Leningradi_Edasi_toimetus, lk 53
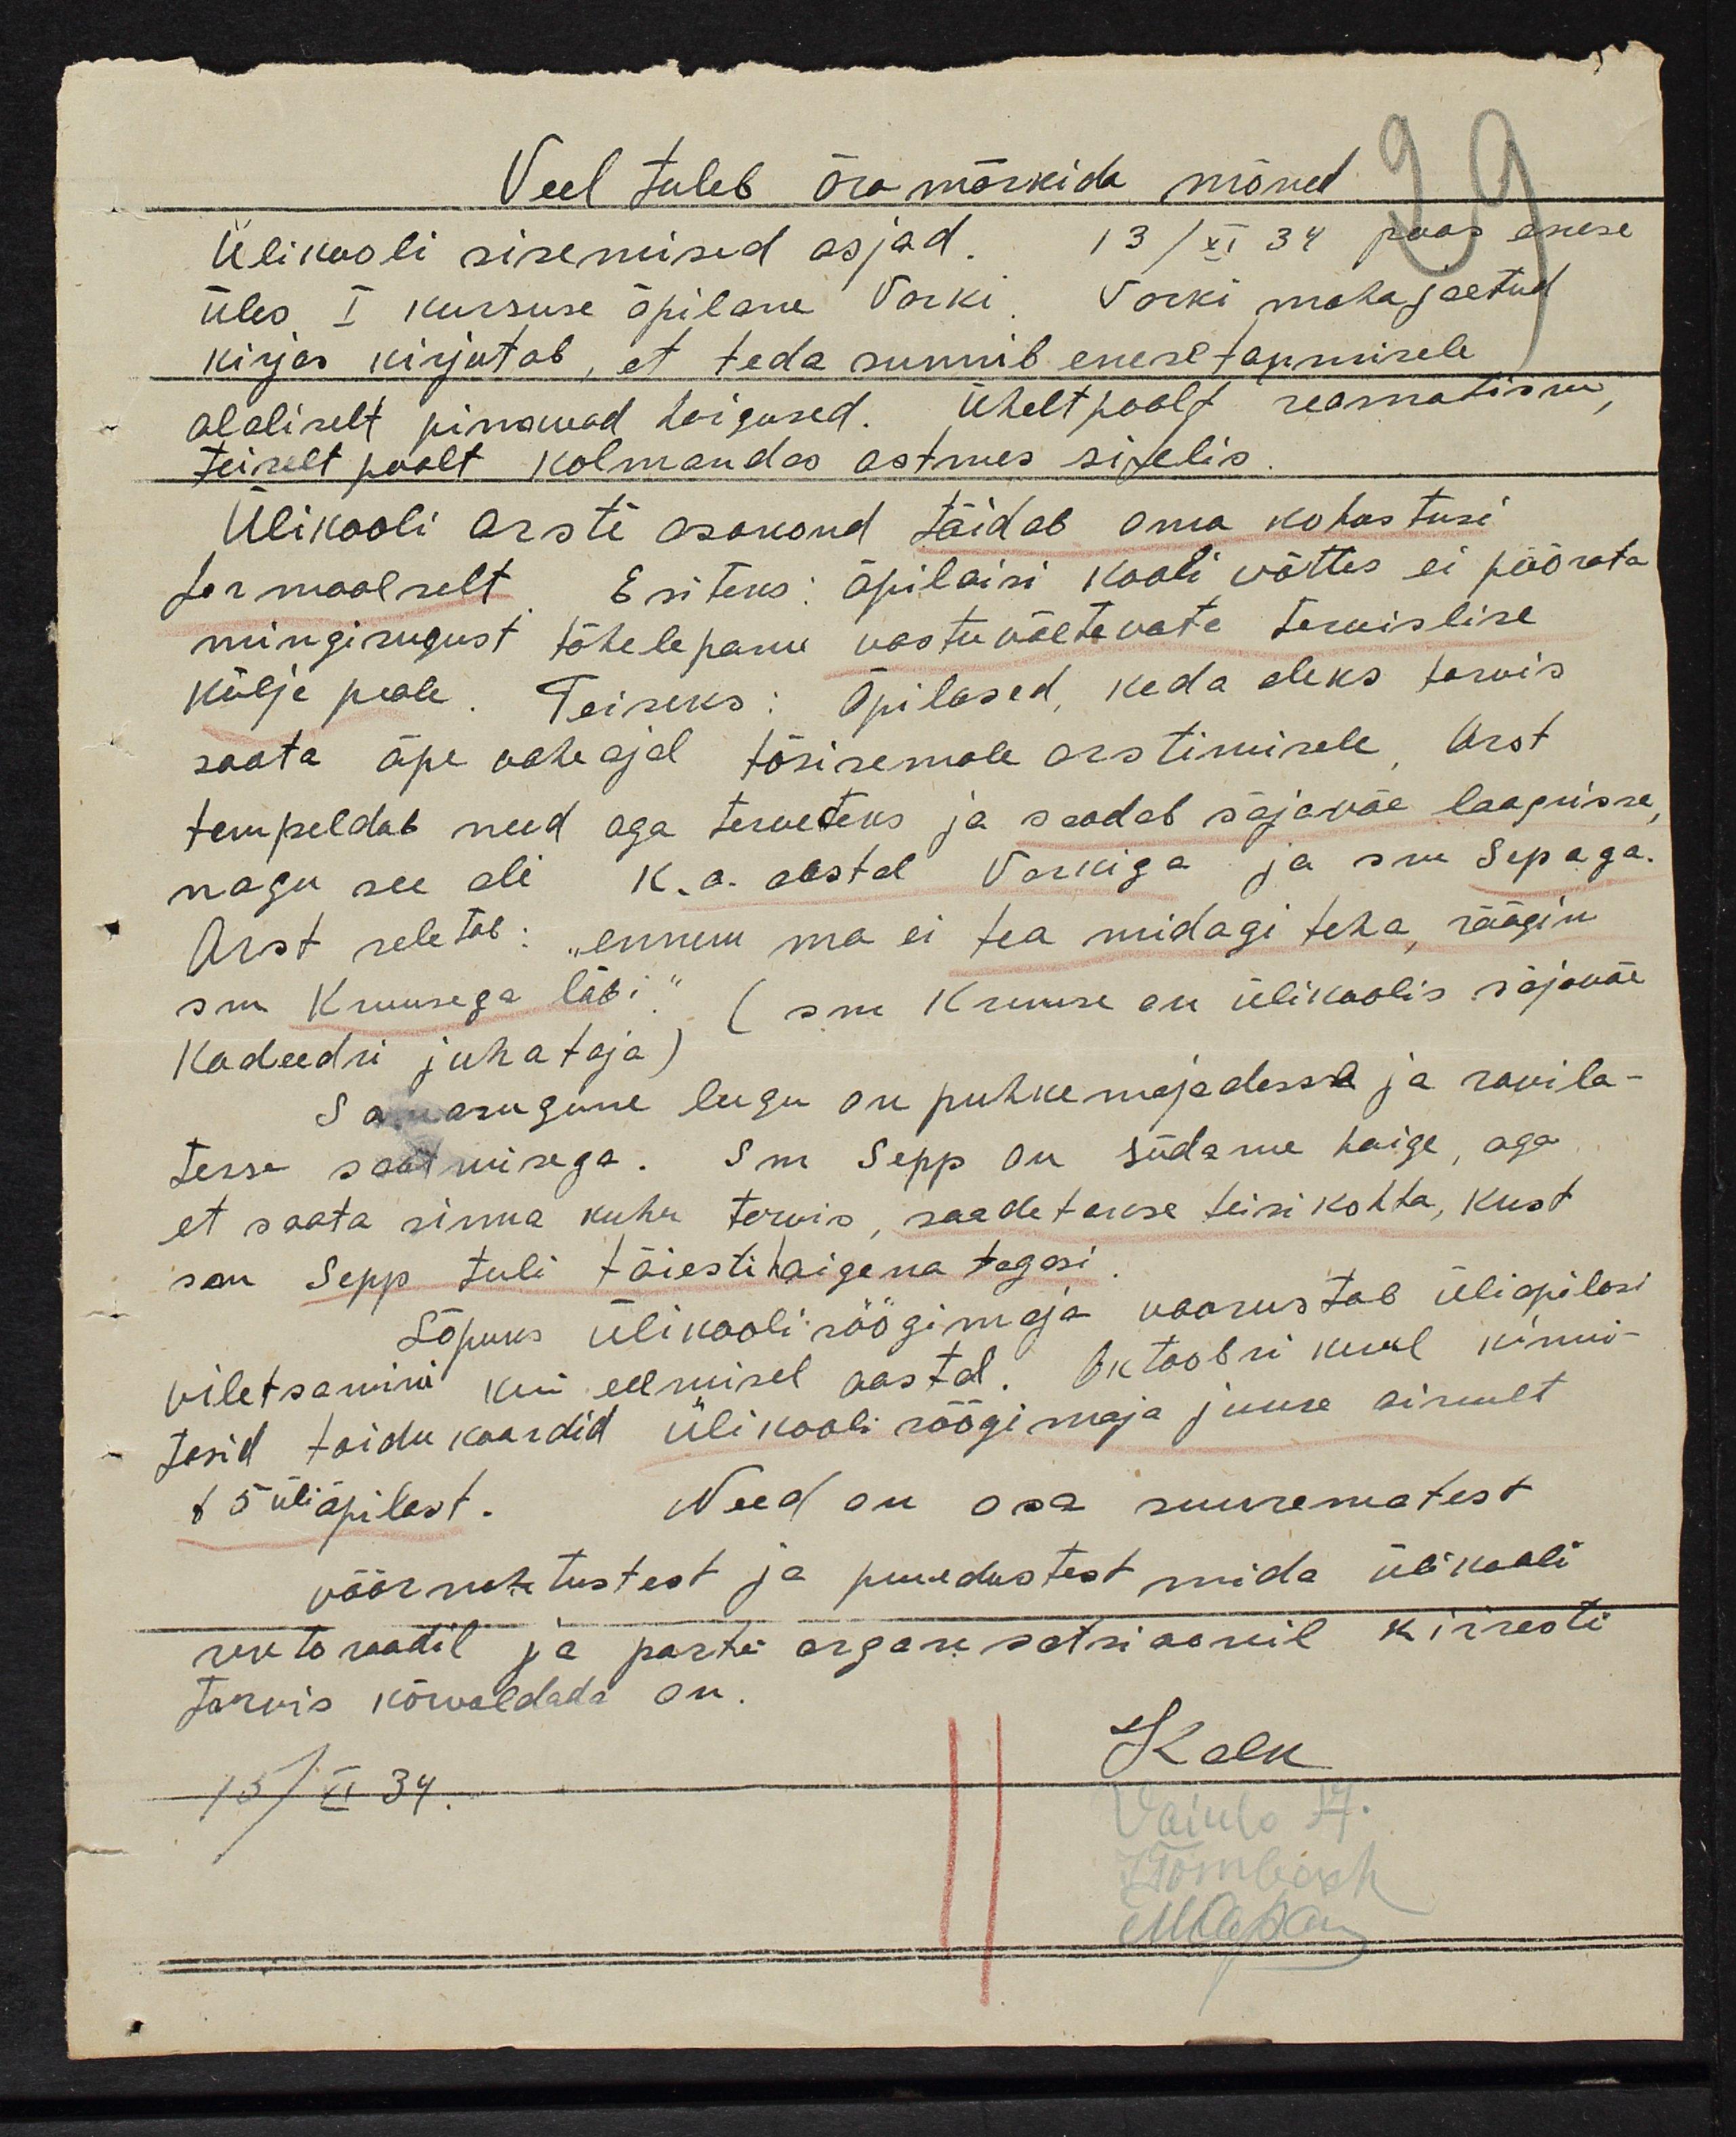
Veel tuleb ära märkida mõned
Ülikooli sisemised asjad 13/XI 34 paas enese
üles I kursuse õpilane Vorki, Vorki mahajäetud
kirjas kirjutab, et teda sunnib enesetapmisele
alaliselt pinavad haigused. Üheltpoolt reomatism,
teiselt poolt kolmandas astmes sifelis
Ülikooli arsti osakond täidab oma kohustusi
formaalselt Esiteks: õpilaisi kooli võttes ei pöörata
mingisugust tähelepanu vastuvõetavate tervislise
külje peale. Teiseks: Õpilased keda oleks tarvis
saata õpe vaheajal tõsisemale arstimisele. Arst
tempeldab need aga terveteks ja saadab sõjawäe laagrisse
nagu see oli k.o. aastal Vorkiga ja sm. Sepaga.
Arst seletab: "ennem ma ei tea midagi teha räägin,
sm Kruusega läbi."
(sm Kruuse on ülikoolis sõjawäe-
Kadeedri juhataja)
Samasugune lugu on puhke majadesse ja ravila-
tesse saatmisega. Sm Sepp on südame haige, aga
et saata sinna kuhu tarvis, saadetakse teisikohta, kust
sm Sepp tuli täiesti haigena tagasi
Lõpuks ülikooli söögimaja voorustab üliõpilasi
viletsamini kui eelmisel aastal. Oktoobri kuul kinni-
tasid toidukaardid ülikooli söögimaja juure ainult
v 5 üliõpilast. Need on osa suurematest
võõrustustest ja puudustest mida ülikooli
rektoraadil ja partei organsatsioonil kiiresti
tarvis kõrvaldada on.
Kolk
15/VI 34.